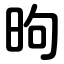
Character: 昫